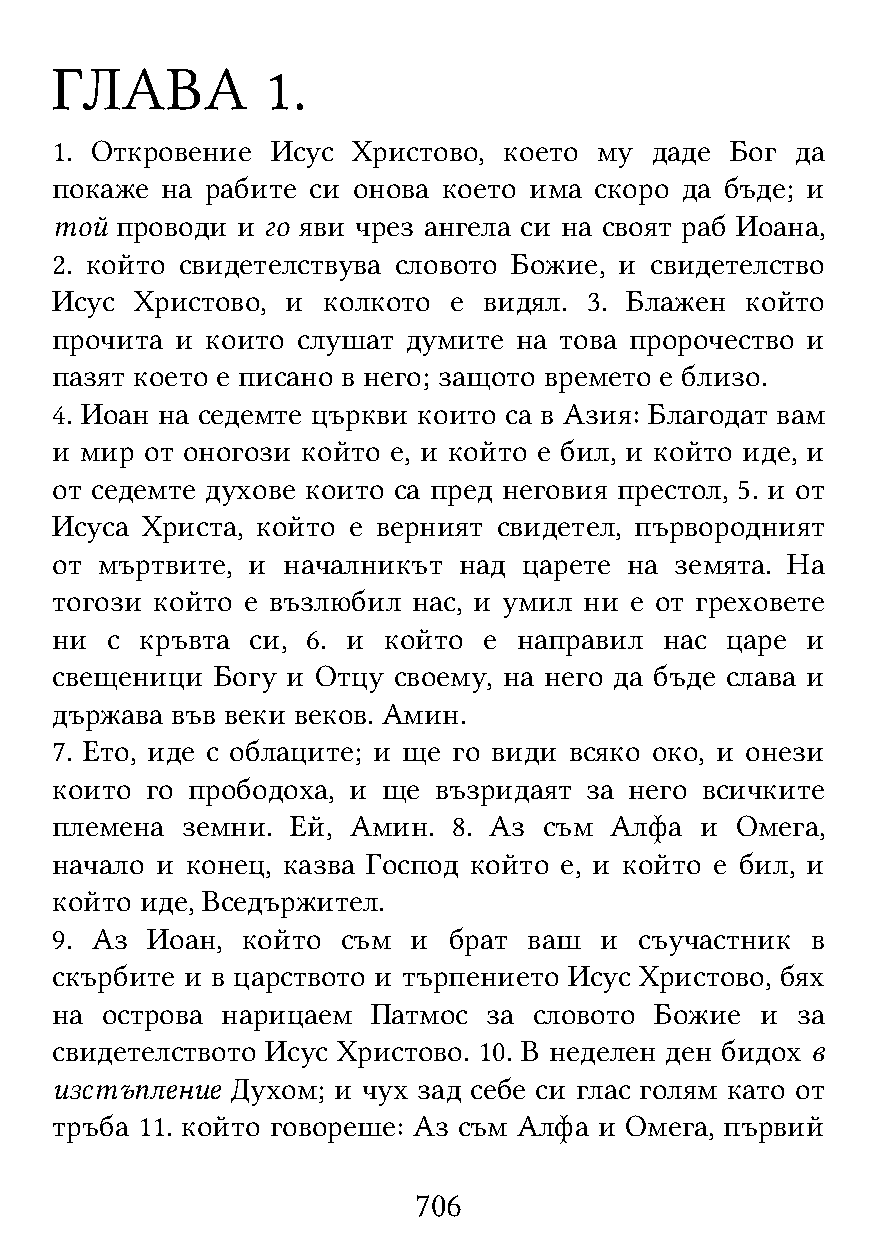
ГЛАВА          1.
 1. Откровение  Исус Христово, което  му даде Бог  да
 покаже  на рабите си онова което има скоро да бъде; и
 той  проводи и го яви чрез ангела си на своят раб Иоана,
 2. който свидетелствува словото Божие, и свидетелство
 Исус  Христово, и колкото  е видял. 3. Блажен който
 прочита  и които слушат думите на това пророчество и
 пазят което е писано в него; защото времето е близо.
 4. Иоан на седемте църкви които са в Азия: Благодат вам
 и мир  от оногози който е, и който е бил, и който иде, и
 от седемте духове които са пред неговия престол, 5. и от
 Исуса Христа, който е верният свидетел, първородният
 от мъртвите, и  началникът над  царете на земята. На
 тогози който е възлюбил нас, и умил ни е от греховете
 ни  с кръвта  си, 6. и който е направил  нас царе и
 свещеници  Богу и Отцу своему, на него да бъде слава и
 държава във веки веков. Амин.
 7. Ето, иде с облаците; и ще го види всяко око, и онези
 които  го прободоха, и ще възридаят за него всичките
 племена  земни. Ей, Амин.  8. Аз съм Алфа  и  Омега,
 начало и конец, казва Господ който е, и който е бил, и
 който иде, Вседържител.
 9. Аз  Иоан, който  съм и  брат ваш  и съучастник  в
 скърбите и в царството и търпението Исус Христово, бях
 на  острова нарицаем  Патмос за словото Божие  и  за
 свидетелството Исус Христово. 10. В неделен ден бидох в
 изстъпление Духом; и чух зад себе си глас голям като от
 тръба 11. който говореше: Аз съм Алфа и Омега, първий
 706